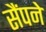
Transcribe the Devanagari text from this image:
सैंपने